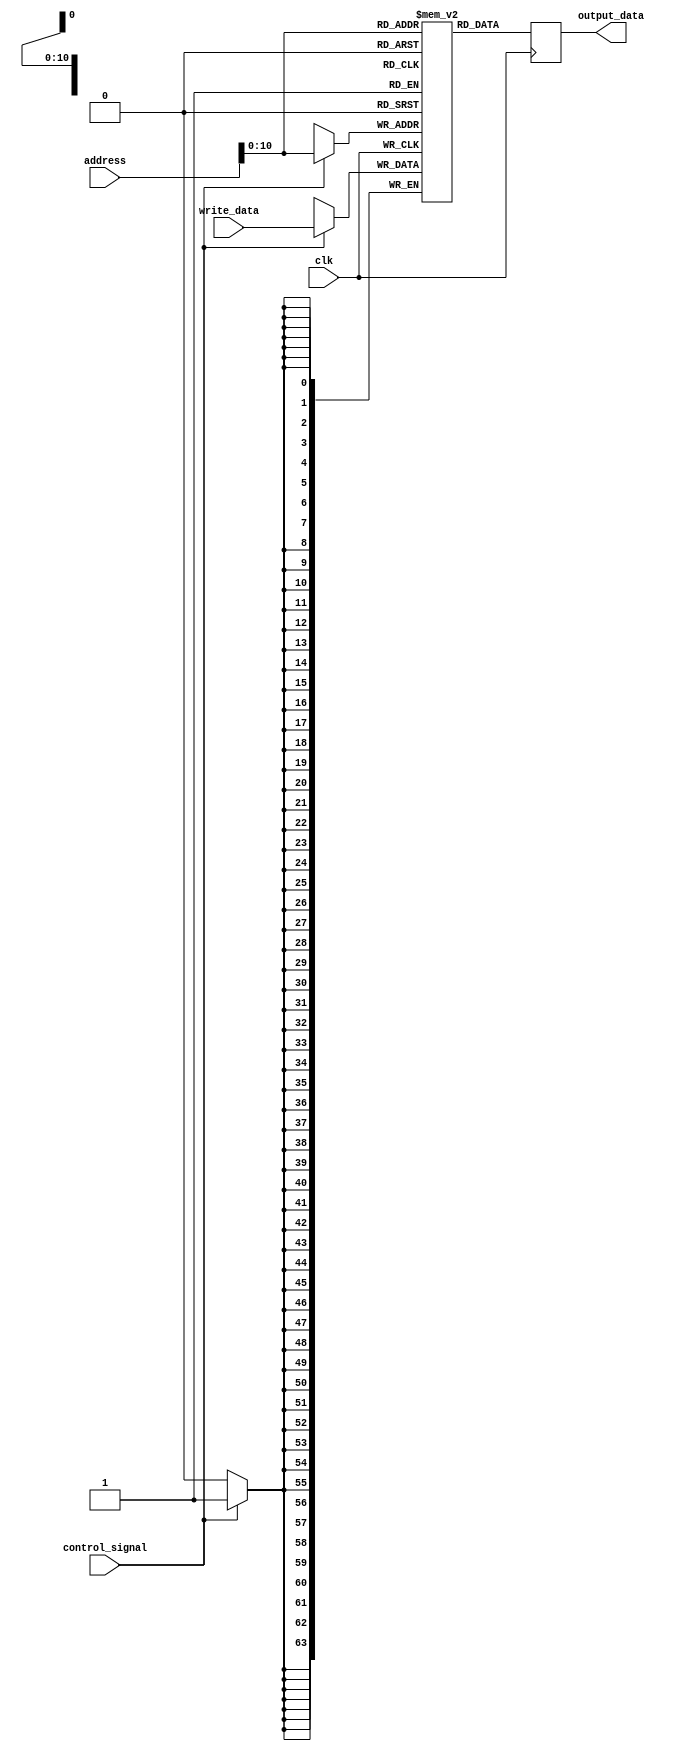
`timescale 1ns / 1ps
//////////////////////////////////////////////////////////////////////////////////
// Company: 
// Engineer: 
// 
// Design Name: 
// Module Name: memory_file
// Project Name: 
// Target Devices: 
// Tool Versions: 
// Description: 
// 
// Dependencies: 
// 
// Revision:
// Revision 0.01 - File Created
// Additional Comments:
// 
//////////////////////////////////////////////////////////////////////////////////


module data_memory(
    input  clk,
    input  control_signal,
    input   [63:0] address,
    input   [63:0] write_data,
    output reg signed [63:0] output_data
);

reg signed [63:0] memory [0:1024];

always @(posedge clk) 
begin
    output_data <= memory[address];
end

always @(negedge clk) 
begin
    if (control_signal)
        memory[address] <= write_data;
end

endmodule